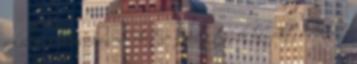
valóban, önmagában is lehetne nézni a tájról készült videókat